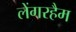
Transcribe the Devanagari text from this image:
लेंगरहैम